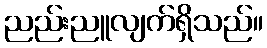
ညည်းညူလျက်ရှိသည်။